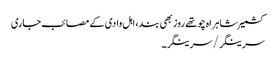
کشمیر شاہراہ چوتھے روز بھی بند، اہل وادی کے مصائب جاری
سرینگر/سرینگر۔